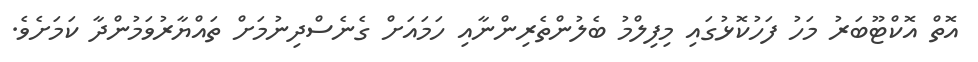
އޮތް އޮކްޓޫބަރު މަހު ފަހުކޮޅުގައި މިފިލްމު ބެލުންތެރިންނާއި ހަމައަށް ގެނެސްދިނުމަށް ތައްޔާރުވަމުންދާ ކަމަށެވެ.